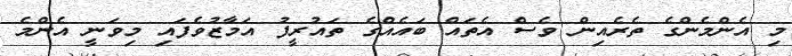
މި އެންމެންގެ ތެރެއިން ވެސް އެތައް ބައެއްގެ ތައުރީފު އަމާޒުވެފައި މިވަނީ އެންމެ